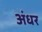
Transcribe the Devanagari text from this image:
अंधर